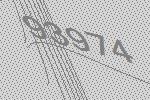
93974